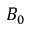
B _ { 0 }